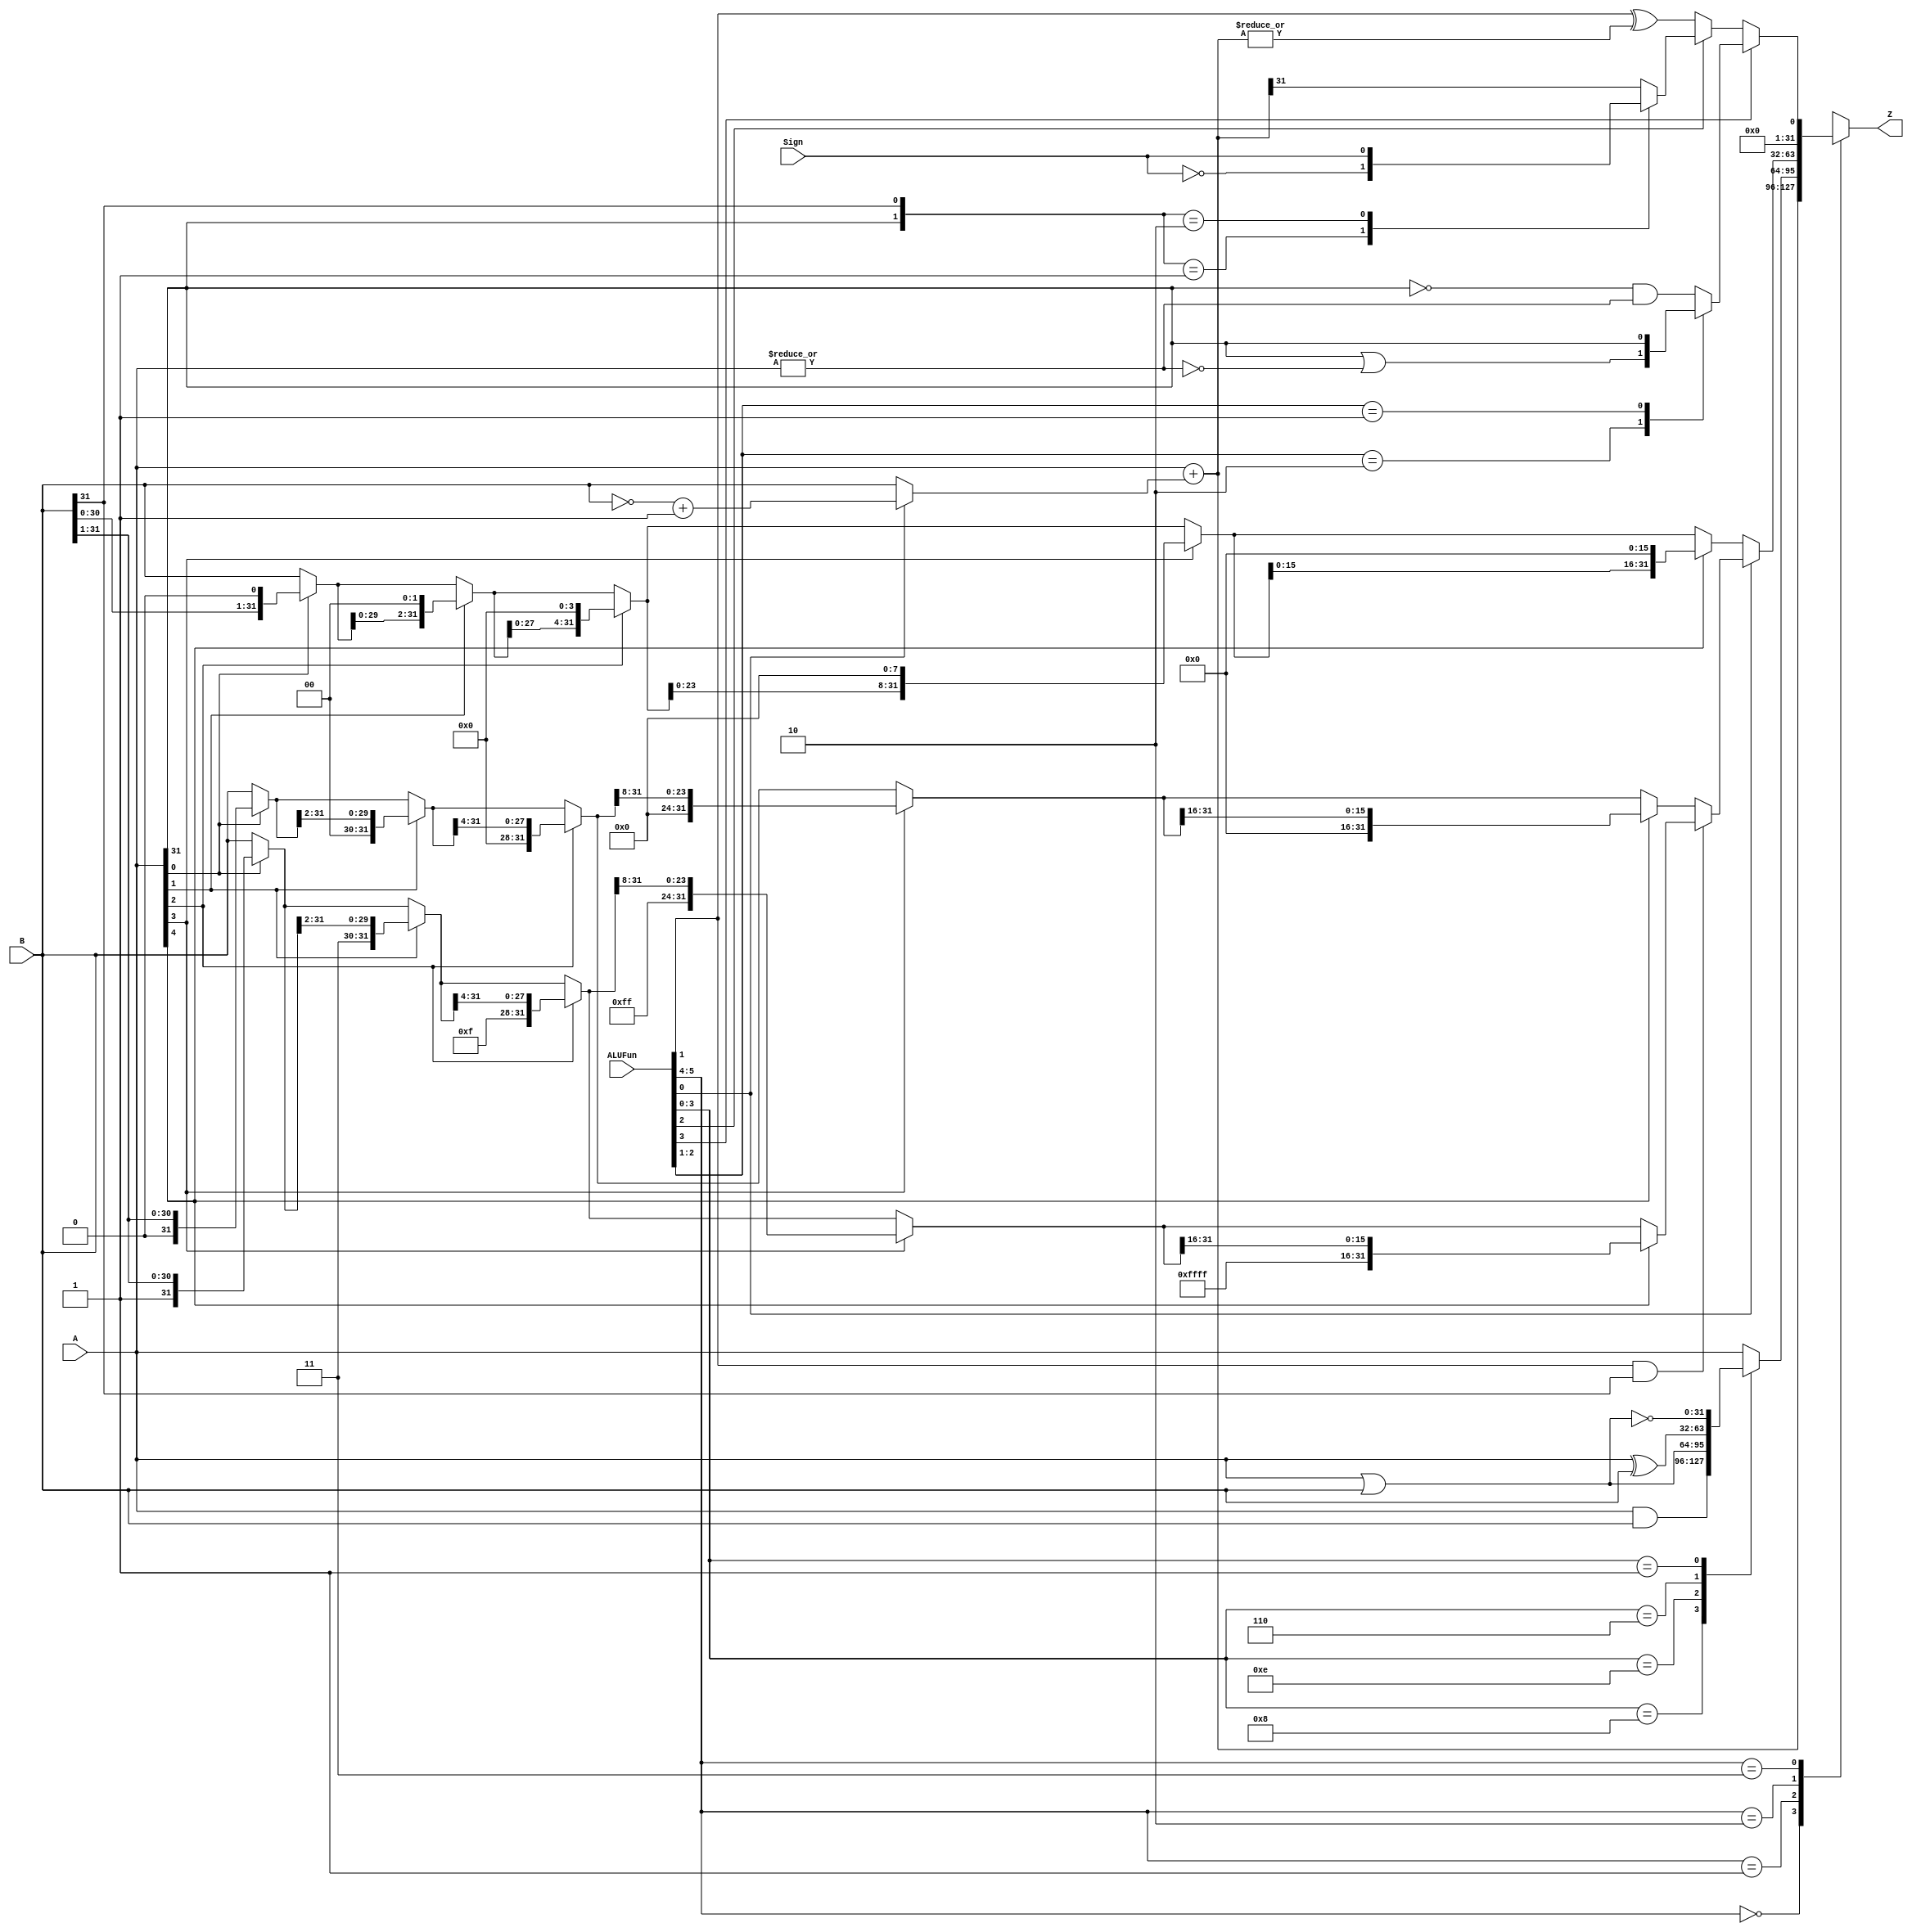
module ALU(Z,A,B,ALUFun,Sign);
  output reg [31:0]Z;
  input [31:0]A;
  input [31:0]B;
  input [5:0]ALUFun;
  input Sign;
  
  wire [31:0]Add;
  wire NZ;
  reg Cmp;
  wire Cmp0;
  reg Cmp1;
  reg Cmp2;
  reg [31:0]Logic;
  reg [31:0]Shift;
  wire [31:0]Shift_left;
  wire [31:0]Shift_left_8;
  wire [31:0]Shift_left_4;
  wire [31:0]Shift_left_2;
  wire [31:0]Shift_left_1;
  wire [31:0]Shift_right0;
  wire [31:0]Shift_right0_8;
  wire [31:0]Shift_right0_4;
  wire [31:0]Shift_right0_2;
  wire [31:0]Shift_right0_1;
  wire [31:0]Shift_right1;
  wire [31:0]Shift_right1_8;
  wire [31:0]Shift_right1_4;
  wire [31:0]Shift_right1_2;
  wire [31:0]Shift_right1_1;
  
  assign Add=A+(ALUFun[0]?(~B+1'b1):B);
  
  assign NZ=|Add;
  assign Cmp0=ALUFun[1]^NZ;
  always @(*)
    case({A[31],B[31]})
      2'b01: Cmp1=~Sign;
      2'b10: Cmp1=Sign;
      default: Cmp1=Add[31];
    endcase
  
  always @(*)
    case(ALUFun[2:1])
      2'b10: Cmp2=(A[31])|(~(|A));
      2'b01: Cmp2=A[31];
      default: Cmp2=(~A[31])&(|A);
    endcase
  
  always @(*)
    if(ALUFun[3])
      Cmp=Cmp2;
    else if(ALUFun[2])
      Cmp=Cmp1;
    else
      Cmp=Cmp0;
  
  always @(*)
    case(ALUFun[3:0])
      4'b1000: Logic=A&B;
      4'b1110: Logic=A|B;
      4'b0110: Logic=A^B;
      4'b0001: Logic=~(A|B);
      default: Logic=A;
    endcase
  
  assign Shift_left_1=A[0]?{B[30:0],1'b0}:B;
  assign Shift_left_2=A[1]?{Shift_left_1[29:0],2'b0}:Shift_left_1;
  assign Shift_left_4=A[2]?{Shift_left_2[27:0],4'b0}:Shift_left_2;
  assign Shift_left_8=A[3]?{Shift_left_4[23:0],8'b0}:Shift_left_4;
  assign Shift_left=A[4]?{Shift_left_8[18:0],16'b0}:Shift_left_8;
  
  assign Shift_right0_1=A[0]?{1'b0,B[31:1]}:B;
  assign Shift_right0_2=A[1]?{2'b0,Shift_right0_1[31:2]}:Shift_right0_1;
  assign Shift_right0_4=A[2]?{4'b0,Shift_right0_2[31:4]}:Shift_right0_2;
  assign Shift_right0_8=A[3]?{8'b0,Shift_right0_4[31:8]}:Shift_right0_4;
  assign Shift_right0=A[4]?{16'b0,Shift_right0_8[31:16]}:Shift_right0_8;
  
  assign Shift_right1_1=A[0]?{1'b1,B[31:1]}:B;
  assign Shift_right1_2=A[1]?{2'b11,Shift_right1_1[31:2]}:Shift_right1_1;
  assign Shift_right1_4=A[2]?{4'b1111,Shift_right1_2[31:4]}:Shift_right1_2;
  assign Shift_right1_8=A[3]?{8'b11111111,Shift_right1_4[31:8]}:Shift_right1_4;
  assign Shift_right1=A[4]?{16'b1111111111111111,Shift_right1_8[31:16]}:Shift_right1_8;
  
  always @(*)
    if(ALUFun[0])
      if(ALUFun[1]&B[31]) Shift=Shift_right1;
      else Shift=Shift_right0;
    else Shift=Shift_left;
  
  always @(*)
    case(ALUFun[5:4])
      2'b00: Z=Add;
      2'b01: Z=Logic;
      2'b10: Z=Shift;
      2'b11: Z={31'b0,Cmp};
      default: Z=32'b0;
    endcase

endmodule